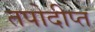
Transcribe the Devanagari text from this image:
तपोदीप्त